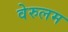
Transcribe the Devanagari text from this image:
वेरुलम